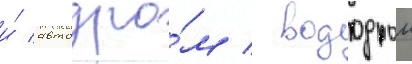
и́ автодро́м / вододром